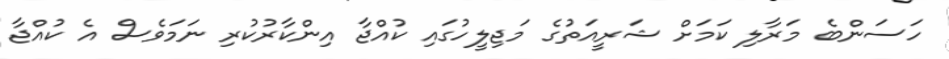
ހަސަންބެ މަރާލި ކަމަށް ޝަރީއަތުގެ މަޖިލީހުގައި ކުއްޖާ އިންކާރުކުރި ނަމަވެސް އެ ކުއްޖާ